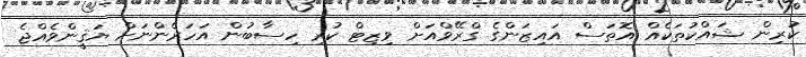
ކުރިން ޝައްކުތަކެއް އޮތަސް އައިޒަންގެ ގްރޭވްއަށް ވިޒިޓް ކުރި ހިސާބުން އަހަރެންނަށް ޔަޤީންވެއްޖެ